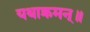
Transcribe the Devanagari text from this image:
यथाक्रमन्॥